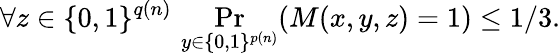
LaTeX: \forall z\in\{ 0,1\} ^{q(n)}\, \Pr_{y\in\{ 0,1\} ^{p(n)}}(M(x,y,z)=1)\leq 1/3.